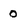
Character: 0